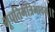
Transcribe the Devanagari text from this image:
भूपतिमंत्रिभावम्।।